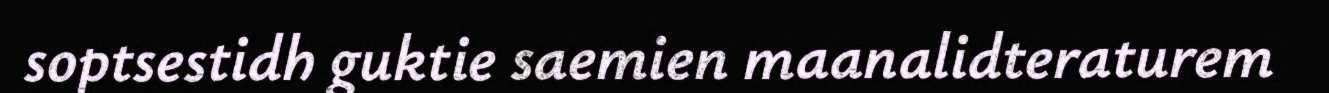
soptsestidh guktie saemien maanalidteraturem